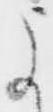
よ